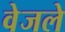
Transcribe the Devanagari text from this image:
वेजले